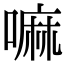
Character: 嘛